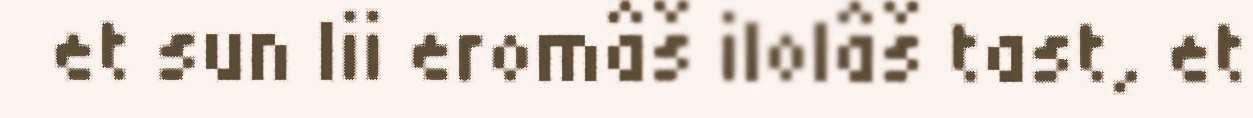
et sun lii eromâš ilolâš tast, et